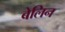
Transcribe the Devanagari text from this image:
बेलिन